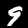
Digit: 9